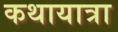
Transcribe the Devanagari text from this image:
कथायात्रा